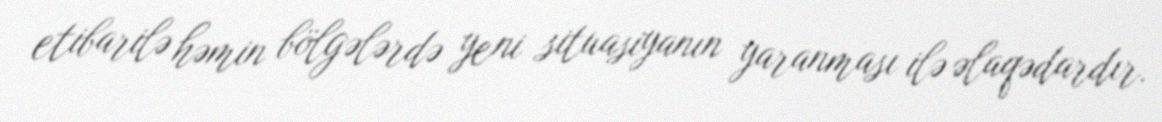
etibarilə həmin bölgələrdə yeni situasiyanın yaranması ilə əlaqədardır.